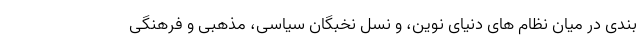
بندی در میان نظام های دنیای نوین، و نسل نخبگان سیاسی، مذهبی و فرهنگی